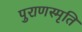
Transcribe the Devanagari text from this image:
पुराणस्मृति